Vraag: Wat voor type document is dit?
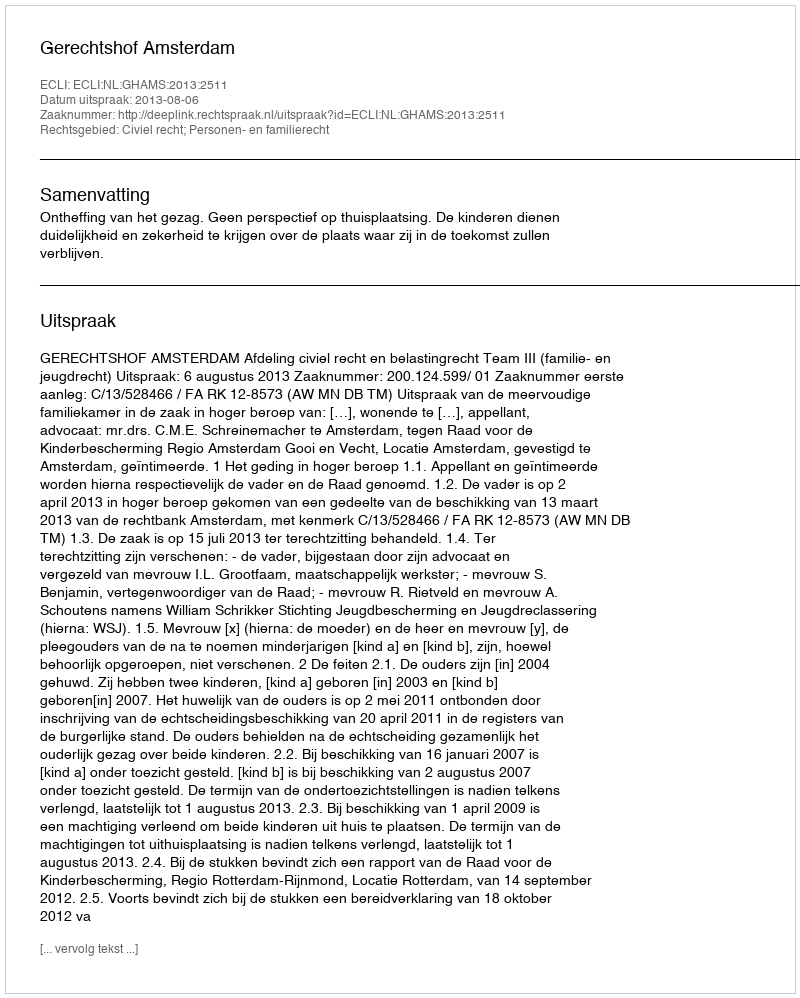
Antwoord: Uitspraak